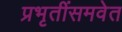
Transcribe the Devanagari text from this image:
प्रभृतींसमवेत